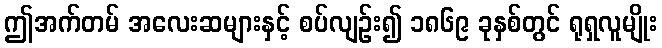
ဤအက်တမ် အလေးဆများနှင့် စပ်လျဉ်း၍ ၁၈၆၉ ခုနှစ်တွင် ရုရှလူမျိုး